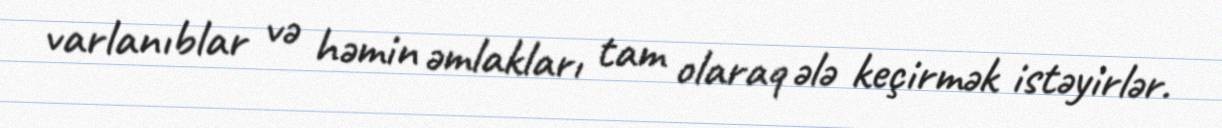
varlanıblar və həmin əmlakları tam olaraq ələ keçirmək istəyirlər.